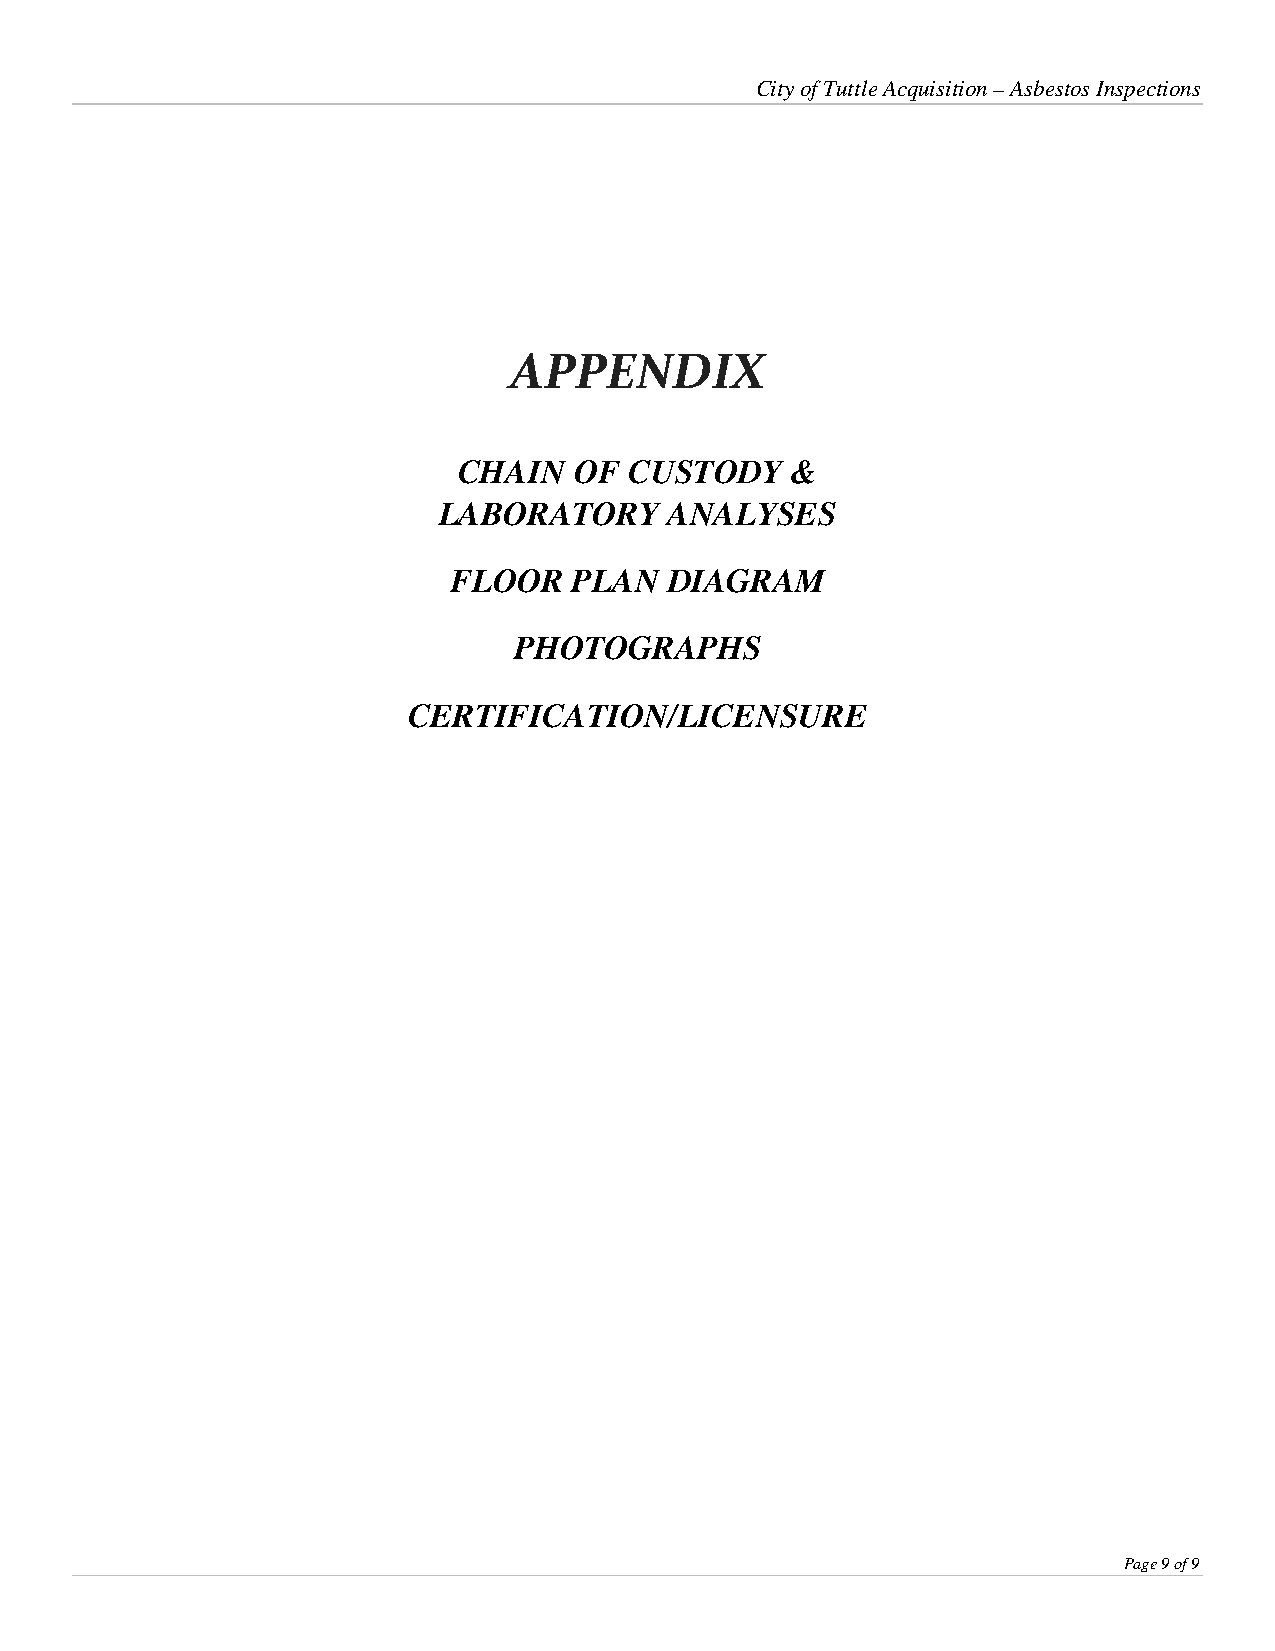
City of Tuttle Acquisition – Asbestos Inspections
 APPENDIX
 CHAIN   OF  CUSTODY   &
 LABORATORY     ANALYSES
 FLOOR   PLAN  DIAGRAM
 PHOTOGRAPHS
 CERTIFICATION/LICENSURE
 Page 9 of 9